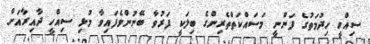
ސިއްހީ ހިދުމަތުގެ ފަންނީ މަސައްކަތްތެރިންގެ ބިލަކީ ފަރުވާ ބޭނުންވެފައިވާ މުޅި ސިއްހީ ދާއިރާއަށް